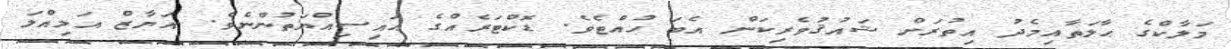
މަލާކްގެ ޙާލަތާއިމެދު އިތުރަށް ޝައުޤުވެރިކަން އެބަ ހުއްޓެވެ. ޑޮކްޓަރެއްގެ ޙައިސިއްޔަތުންނެވެ. އަޔާޒް އަމިއްލަ